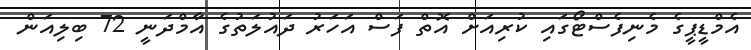
އެމްޑީޕީގެ މެނިފެސްޓޯގައި ކުރިއަށް އޮތް ފަސް އަހަރު ދައުލަތުގެ އާމްދަނީ 72 ބިލިއަން